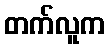
တက်လူက